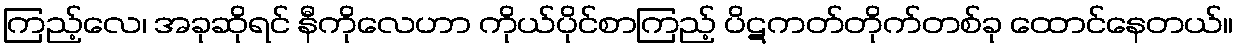
ကြည့်လေ၊ အခုဆိုရင် နီကိုလေဟာ ကိုယ်ပိုင်စာကြည့် ပိဋကတ်တိုက်တစ်ခု ထောင်နေတယ်။